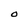
Character: O